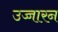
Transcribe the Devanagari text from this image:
उच्चारन